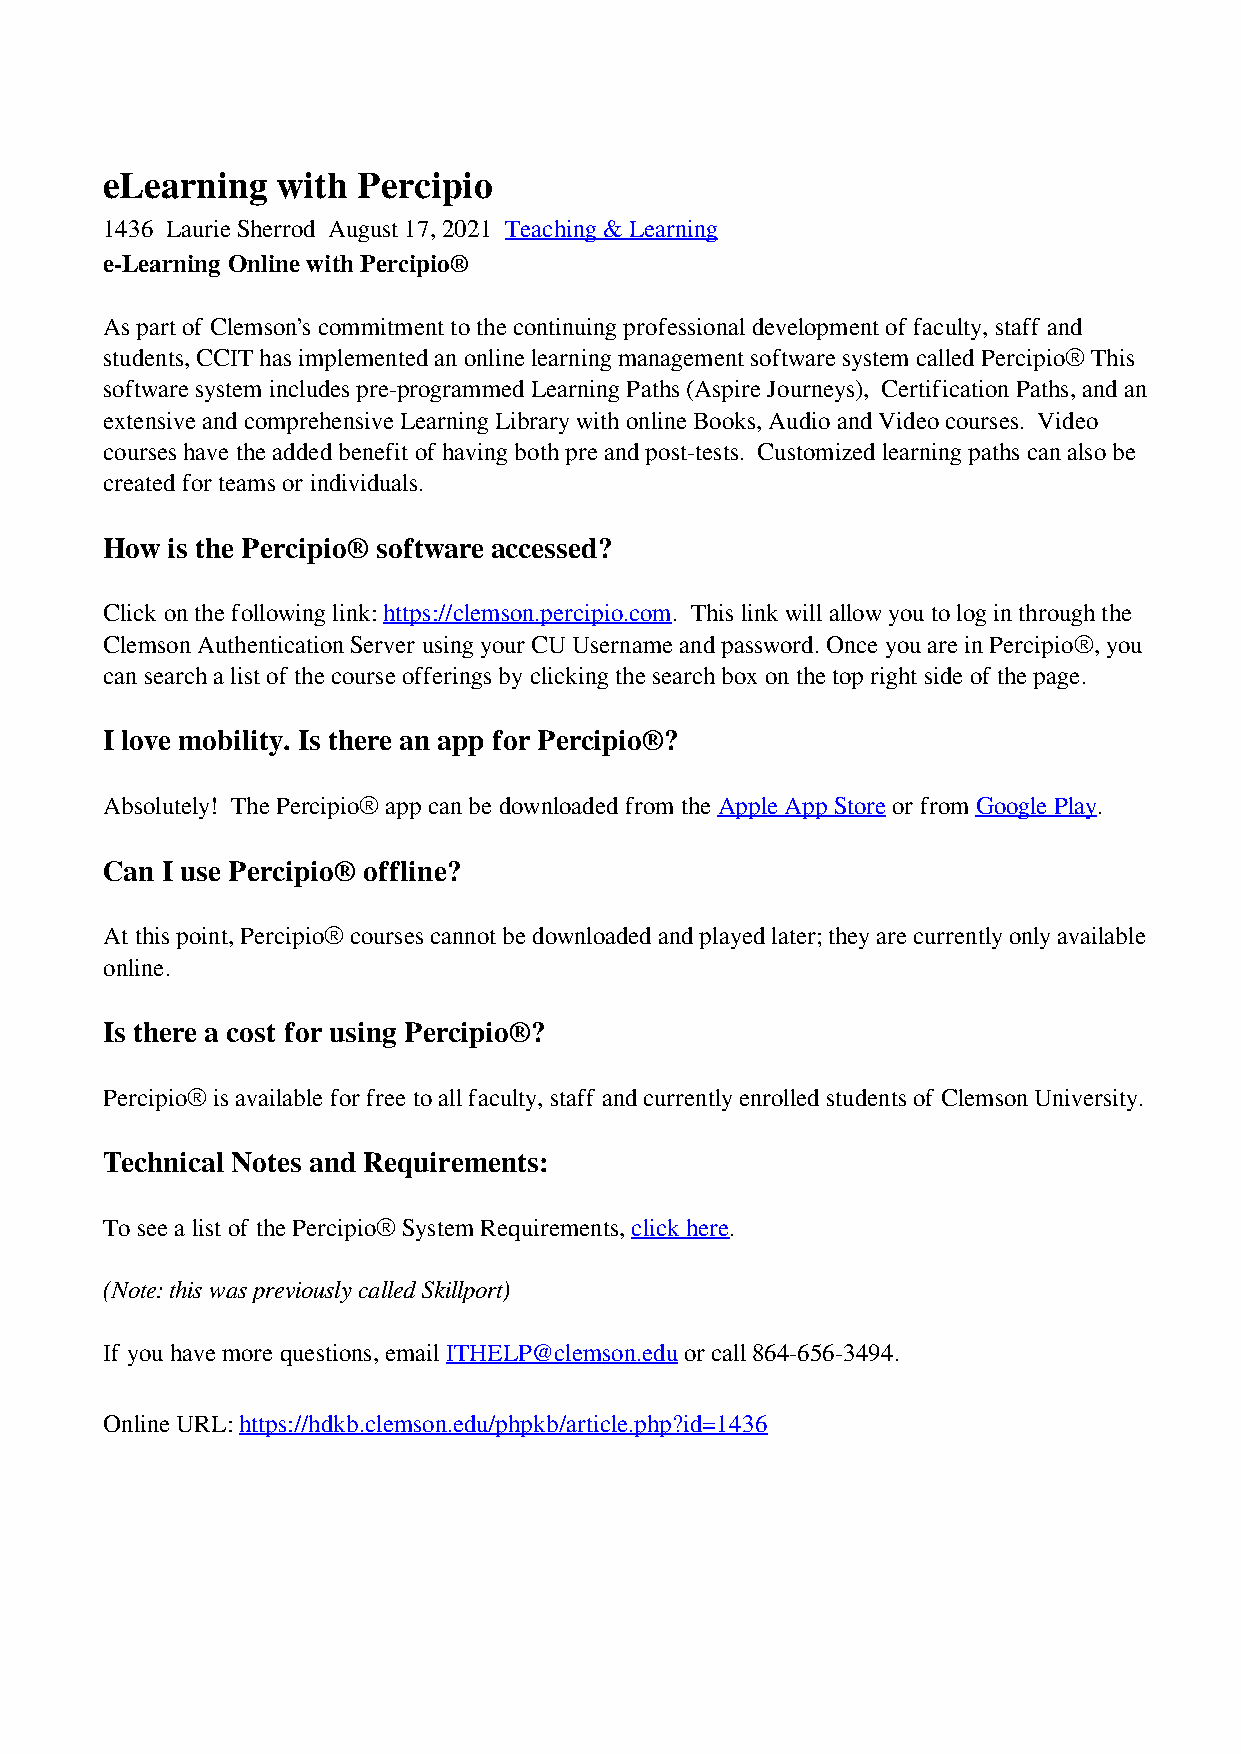
eLearning  with  Percipio
 1436 Laurie Sherrod August 17, 2021 Teaching & Learning
 e-Learning Online with Percipio®
 As part of Clemson’s commitment to the continuing professional development of faculty, staff and
 students, CCIT has implemented an online learning management software system called Percipio® This
 software system includes pre-programmed Learning Paths (Aspire Journeys), Certification Paths, and an
 extensive and comprehensive Learning Library with online Books, Audio and Video courses. Video
 courses have the added benefit of having both pre and post-tests. Customized learning paths can also be
 created for teams or individuals.
 How is the Percipio® software accessed?
 Click on the following link: https://clemson.percipio.com. This link will allow you to log in through the
 Clemson Authentication Server using your CU Username and password. Once you are in Percipio®, you
 can search a list of the course offerings by clicking the search box on the top right side of the page.
 I love mobility. Is there an app for Percipio®?
 Absolutely! The Percipio® app can be downloaded from the Apple App Store or from Google Play.
 Can I use Percipio® offline?
 At this point, Percipio® courses cannot be downloaded and played later; they are currently only available
 online.
 Is there a cost for using Percipio®?
 Percipio® is available for free to all faculty, staff and currently enrolled students of Clemson University.
 Technical Notes and Requirements:
 To see a list of the Percipio® System Requirements, click here.
 (Note: this was previously called Skillport)
 If you have more questions, email ITHELP@clemson.edu or call 864-656-3494.
 Online URL: https://hdkb.clemson.edu/phpkb/article.php?id=1436
 Powered by TCPDF (www.tcpdf.org)